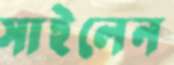
সাইলেন